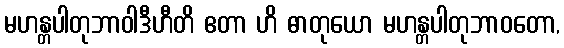
မဟန္တပါတုဘာဝါဒီဟီတိ ဧတာ ဟိ ဓာတုယော မဟန္တပါတုဘာဝတော,